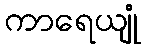
ကာရေယျုံ